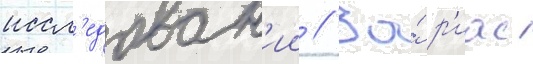
иссл'едован'ии // За́ р'иас